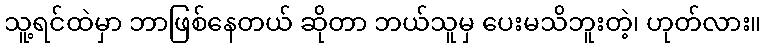
သူ့ရင်ထဲမှာ ဘာဖြစ်နေတယ် ဆိုတာ ဘယ်သူမှ ပေးမသိဘူးတဲ့၊ ဟုတ်လား။